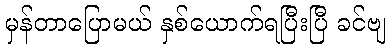
မှန်တာပြောမယ် နှစ်ယောက်ရပြီးပြီ ခင်ဗျ